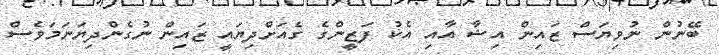
ބޭނުން ނުވިޔަސް ޒައިން އިޝާ އާއި އެކު ފަޒީންގެ ގެއަށްދިޔައީ ޒައިން ނުގެންދިޔަނަމަވެސް